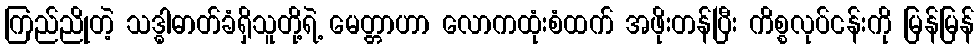
ကြည်ညိုတဲ့ သဒ္ဓါဓာတ်ခံရှိသူတို့ရဲ့ မေတ္တာဟာ လောကထုံးစံထက် အဖိုးတန်ပြီး ကိစ္စလုပ်ငန်းကို မြန်မြန်